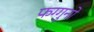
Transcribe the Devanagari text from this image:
फग्गुनो